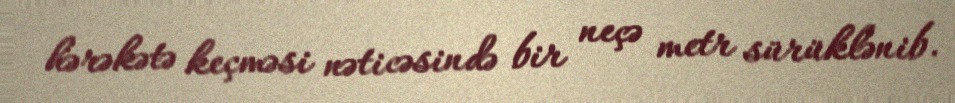
hərəkətə keçməsi nəticəsində bir neçə metr sürüklənib.